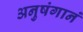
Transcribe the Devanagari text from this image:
अनुषंगानं